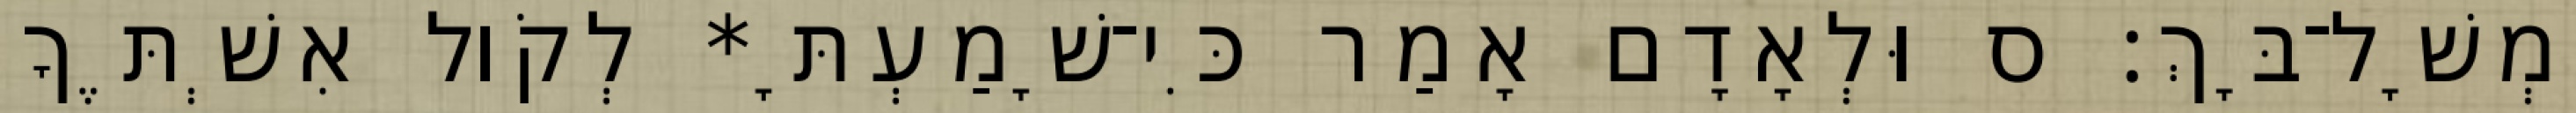
יִמְשָׁל־בָּךְ׃ ס וּלְאָדָם אָמַר כִּי־שָׁמַעְתָּ* לְקֹול אִשְׁתֶּךָ